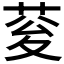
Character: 𮏉